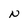
Character: N